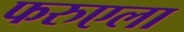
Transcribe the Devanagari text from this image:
फरुएला